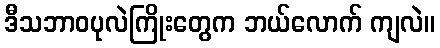
ဒီသဘာဝပုလဲကြိုးတွေက ဘယ်လောက် ကျလဲ။